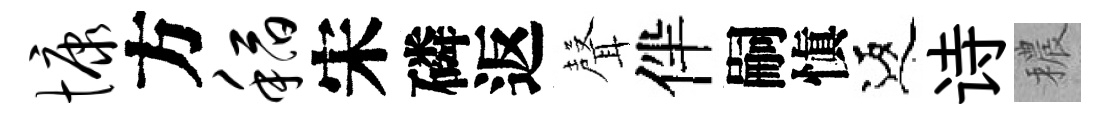
慷方稻宋磷返𮋻伴嗣愼返诗穠